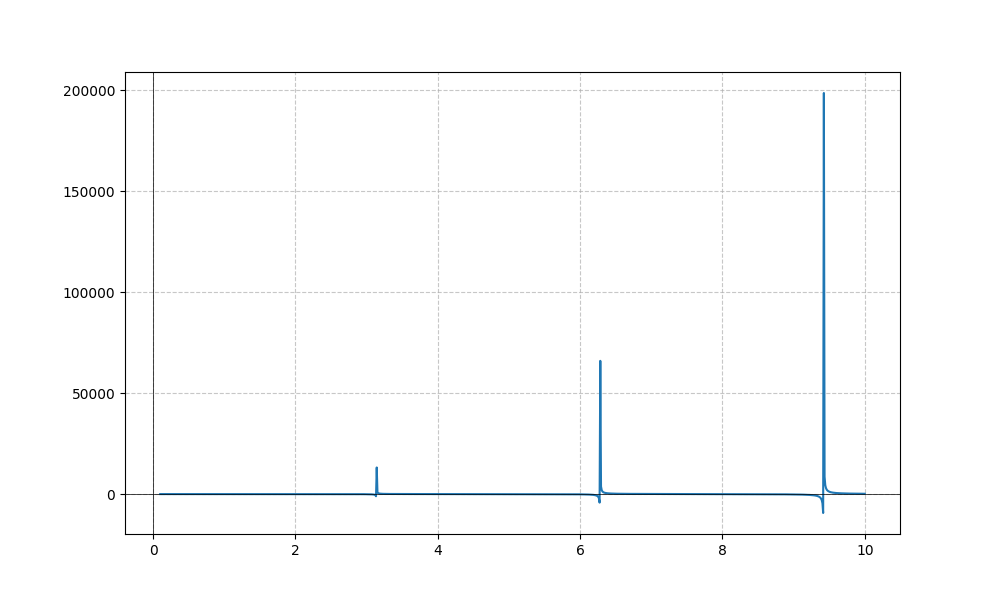
LaTeX formula: x^{2} \cot{\left(x \right)}